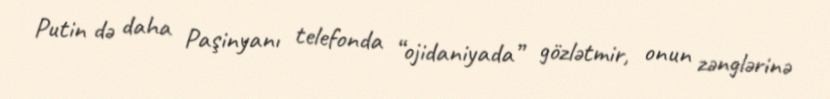
Putin də daha Paşinyanı telefonda “ojidaniyada” gözlətmir, onun zənglərinə